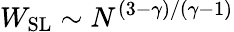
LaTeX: W_{\mathrm{SL}}\sim N^{(3-\gamma)/(\gamma-1)}